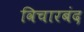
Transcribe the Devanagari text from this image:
विचारबंद